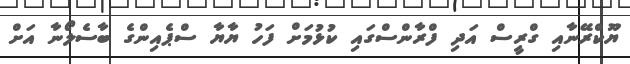
ޔޫކްރޭނާއި ގްރީސް އަދި ފްރާންސްގައި ކުޅުމަށް ފަހު ޔާޔާ ސްޕެއިންގެ ބާސެލޯނާ އަށް